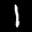
Label: 1